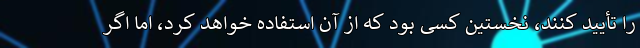
را تأیید کنند، نخستین کسی بود که از آن استفاده خواهد کرد، اما اگر